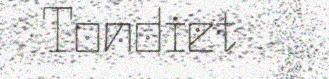
Tondiet